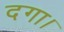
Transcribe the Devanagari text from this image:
दगा।